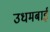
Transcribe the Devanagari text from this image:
उधमबाई